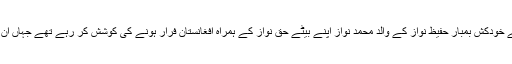
ایس ایس پی نے بتایا کہ مستونگ دھماکے کے خودکش بمبار حفیظ نواز کے والد محمد نواز اپنے بیٹے حق نواز کے ہمراہ افغانستان فرار ہونے کی کوشش کر رہے تھے جہاں ان کے دیگر اہلخانہ پہلے ہی منتقل ہو چکے ہیں۔